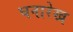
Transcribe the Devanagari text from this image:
घनारेख